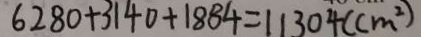
6 2 8 0 + 3 1 4 0 + 1 8 8 4 = 1 1 3 0 4 ( c m ^ { 2 } )